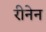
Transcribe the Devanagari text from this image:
रीनेन